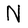
Character: N